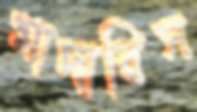
মাদারিস